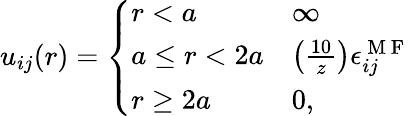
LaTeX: u_{ij}(r)=\left\{ \begin{array}{ll}{r<a}&{\infty}\\ {a\le r<2a}&{\left(\frac{10}{z}\right)\epsilon_{ij}^{\mathrm{~M~F~}}}\\ {r\ge 2a}&{0,}\end{array}\right.